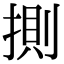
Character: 𢯩